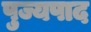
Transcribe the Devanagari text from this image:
पुज्यपाद